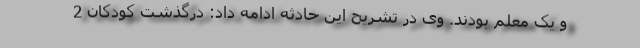
و یک معلم بودند. وی در تشریح این حادثه ادامه داد: درگذشت کودکان 2